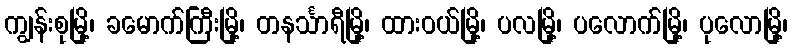
ကျွန်းစုမြို့၊ ခမောက်ကြီးမြို့၊ တနင်္သာရီမြို့၊ ထားဝယ်မြို့၊ ပလမြို့၊ ပလောက်မြို့၊ ပုလောမြို့၊